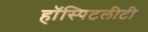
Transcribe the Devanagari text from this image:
हॉस्पिटलीटी